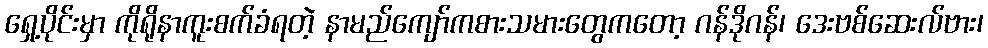
ရှေ့ပိုင်းမှာ ကိုရိုနာကူးစက်ခံရတဲ့ နာမည်ကျော်ကစားသမားတွေကတော့ ဂန်ဒိုဂန်၊ ဒေးဗစ်ဆေးလ်ဗား၊